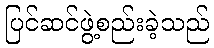
ပြင်ဆင်ဖွဲ့စည်းခဲ့သည်